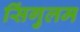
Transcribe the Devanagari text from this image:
सिंगुलम